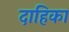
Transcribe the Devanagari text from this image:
दाहिका